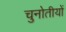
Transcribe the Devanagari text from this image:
चुनोतीयों